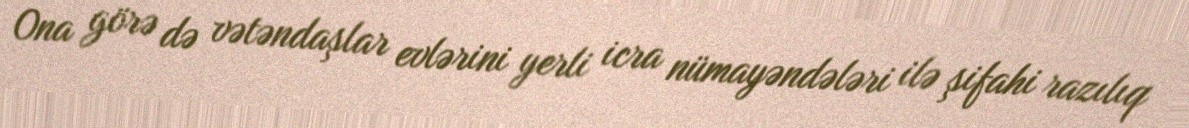
Ona görə də vətəndaşlar evlərini yerli icra nümayəndələri ilə şifahi razılıq